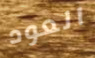
العود